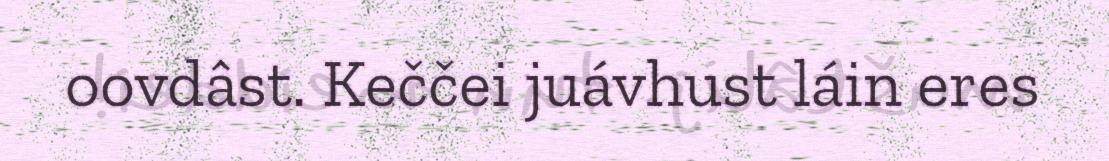
oovdâst. Keččei juávhust láin eres